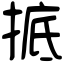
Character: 掋